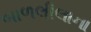
બાળલીલાના